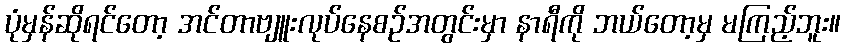
ပုံမှန်ဆိုရင်တော့ အင်တာဗျူးလုပ်နေစဉ်အတွင်းမှာ နာရီကို ဘယ်တော့မှ မကြည့်ဘူး။